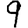
Digit: 9